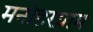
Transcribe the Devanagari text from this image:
मनोहरग्राम